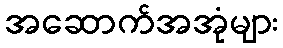
အဆောက်အအုံများ